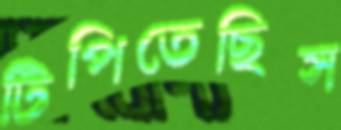
টিপিতেছিস